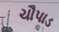
ચૌપાડ